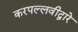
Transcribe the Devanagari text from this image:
करपल्लवीद्वारे